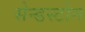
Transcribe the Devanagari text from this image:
सेन्डस्टोन